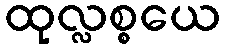
ထုလ္လစ္စယေ